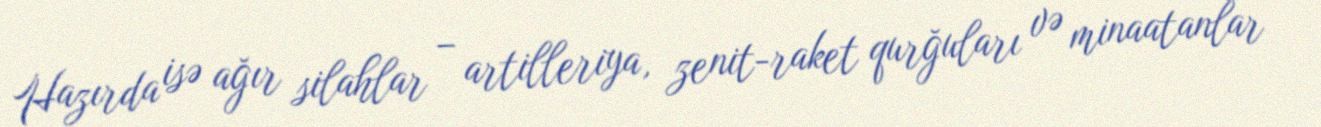
Hazırda isə ağır silahlar – artilleriya, zenit-raket qurğuları və minaatanlar